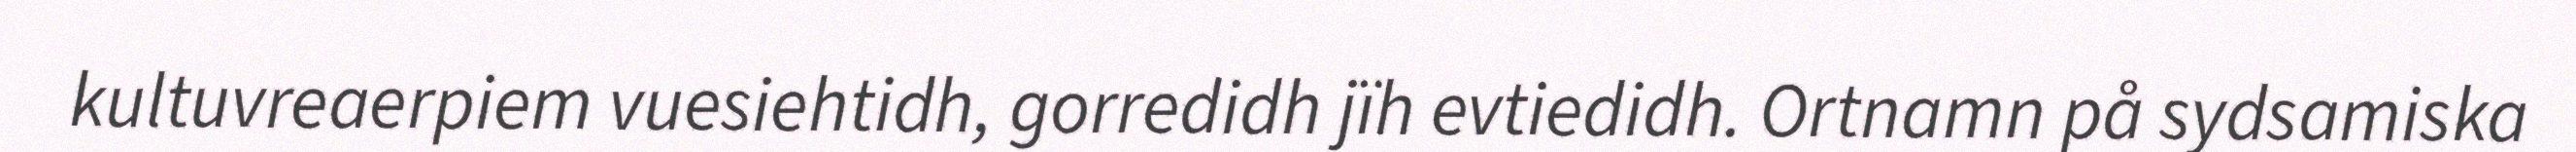
kultuvreaerpiem vuesiehtidh, gorredidh jïh evtiedidh. Ortnamn på sydsamiska